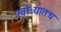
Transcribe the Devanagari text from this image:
खोऱ्यातच